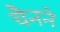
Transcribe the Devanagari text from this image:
चैनने